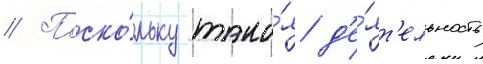
// Поско́льку така́я д'е́ят'ельность